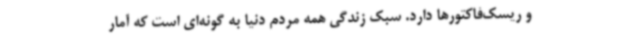
و ریسک‌فاکتورها دارد. سبک زندگی همه مردم دنیا به گونه‌ای است که آمار